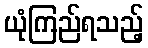
ယုံကြည်ရသည့်